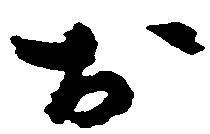
お